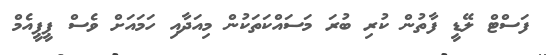
ފަސްޓް ލޭޑީ ފާތުން ކުރި ބުރަ މަސައްކަތަކުން މިއަދާއި ހަމައަށް ވެސް ޕީޕީއެމް